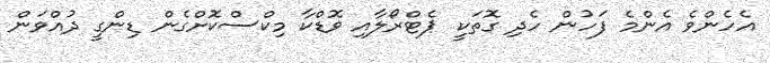
އެހެންވެ އެންމެ ފަހުން ހެދި ގޮތަކީ ޕެޓްރޯލާއި ވޮޑްކާ މިކްސްކޮށްގެން ޑިންގީ ދުއްވަން